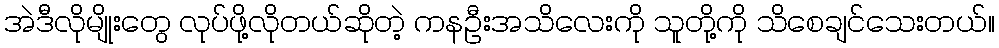
အဲဒီလိုမျိုးတွေ လုပ်ဖို့လိုတယ်ဆိုတဲ့ ကနဦးအသိလေးကို သူတို့ကို သိစေချင်သေးတယ်။